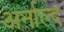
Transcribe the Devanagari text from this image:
अर्नाल्द